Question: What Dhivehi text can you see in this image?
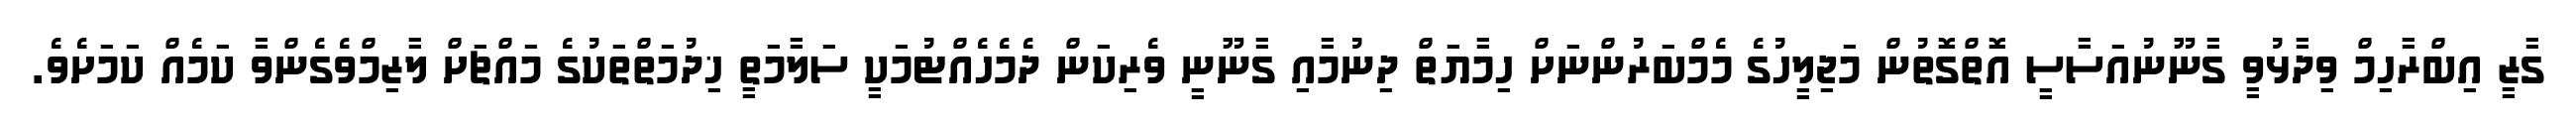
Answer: ގާޒީ އިބްރާހިމް ވިދާޅުވީ ގާނޫނުއަސާސީ އޮތްގޮތުން މަޖިލީހުގެ މެމްބަރުންނަށް ހިމާޔަތް ދިނުމާއި ގާނޫނީ ވެރިކަން ދެމެހެއްޓުމަކީ ސަލާމަތީ ޚިދުމަތްތަކުގެ މައްޗަށް ލާޒިމްވެގެންވާ ކަމެއް ކަމަށެވެ.